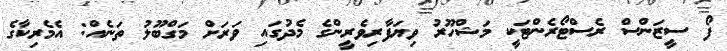
ފޯ ސީޒަންސް ރެސްޓޯރެންޓަކީ މަޝްހޫރު ވިޔަފާރިވެރީންގެ މެދުގައި ވަރަަށް މަގްބޫލު ތަނެއް: އެމެރިކާގެ